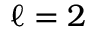
\ell = 2